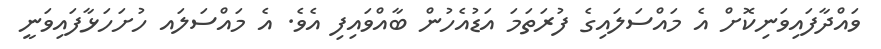
ވައްދާފައިވަނިކޮށް އެ މައްސަލައިގެ ފުރަތަމަ އަޑުއެހުން ބާއްވައިފި އެވެ. އެ މައްސަލައ ހުށަހަޅާފައިވަނީ